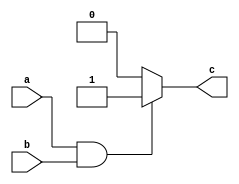
module and_beh(input a,b,output reg c);
initial begin
		if(a && b)begin
		 c=1;
			end
		
			else begin
		 c=0;
	end
end
endmodule